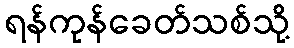
ရန်ကုန်ခေတ်သစ်သို့